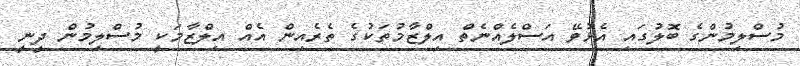
މުސްލިމުންގެ ބޮލުގައި އެޅުވޭ އަސްލެއްނެތް އިލްޒާމުތަކުގެ ތެރެއިން އެއް އިލްޒާމަކީ މުސްލިމުން ދީނީ